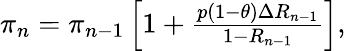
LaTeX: \begin{array}{r}{\pi_{n}=\pi_{n-1}\left[1+\frac{p(1-\theta)\Delta R_{n-1}}{1-R_{n-1}}\right],}\end{array}